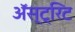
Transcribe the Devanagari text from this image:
ॲस्ट्रिट